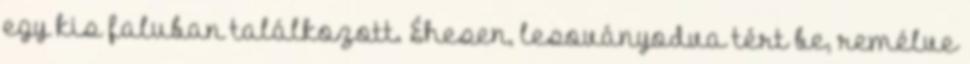
egy kis faluban találkozott. Éhesen, lesoványodva tért be, remélve